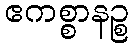
ဧကစ္စာနဉ္စ